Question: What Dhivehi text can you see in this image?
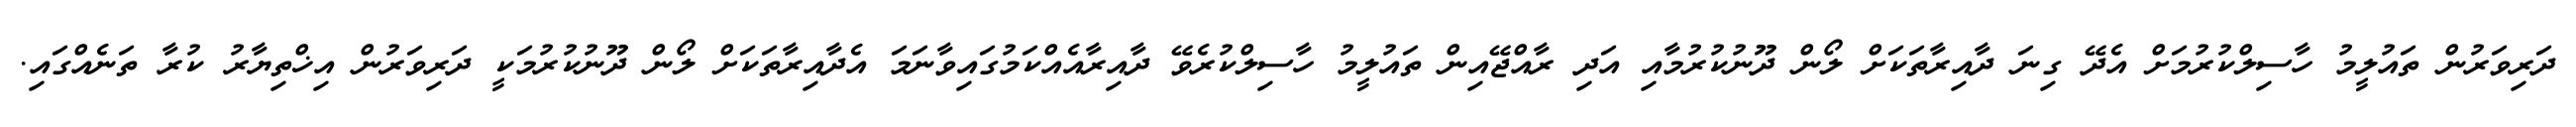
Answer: ދަރިވަރުން ތައުލީމު ހާސިލްކުރުމަށް އެދޭ ގިނަ ދާއިރާތަކަށް ލޯން ދޫނުކުރުމާއި އަދި ރާއްޖޭއިން ތައުލީމު ހާސިލްކުރެވޭ ދާއިރާއެއްކަމުގައިވާނަމަ އެދާއިރާތަކަށް ލޯން ދޫނުކުރުމަކީ ދަރިވަރުން އިޚްތިޔާރު ކުރާ ތަނެއްގައި.